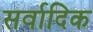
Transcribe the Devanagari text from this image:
सर्वादिक